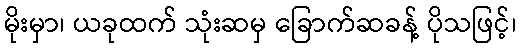
မိုးမှာ၊ ယခုထက် သုံးဆမှ ခြောက်ဆခန့် ပိုသဖြင့်၊